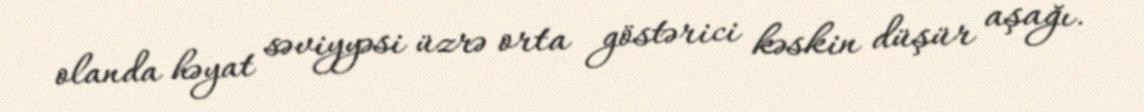
olanda həyat səviyyəsi üzrə orta göstərici kəskin düşür aşağı.